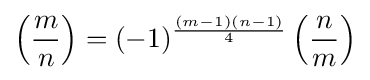
\left({\frac {m}{n}}\right)=(-1)^{\frac {(m-1)(n-1)}{4}}\left({\frac {n}{m}}\right)